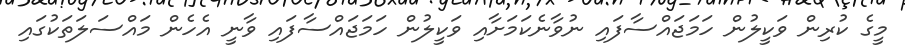
މީގެ ކުރިން ވަކީލުން ހަމަޖައްސާފައި ނުވާނެކަމަށާއި ވަކީލުން ހަމަޖައްސާފައި ވާނީ އެހެން މައްސަލަތަކުގައި